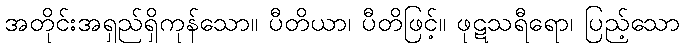
အတိုင်းအရှည်ရှိကုန်သော။ ပီတိယာ၊ ပီတိဖြင့်။ ဖုဋသရီရော၊ ပြည့်သော